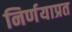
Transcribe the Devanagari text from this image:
निर्णयाप्रत